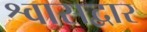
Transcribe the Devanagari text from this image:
श्वासद्वार